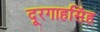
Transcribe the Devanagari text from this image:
दूरगाहसिंह